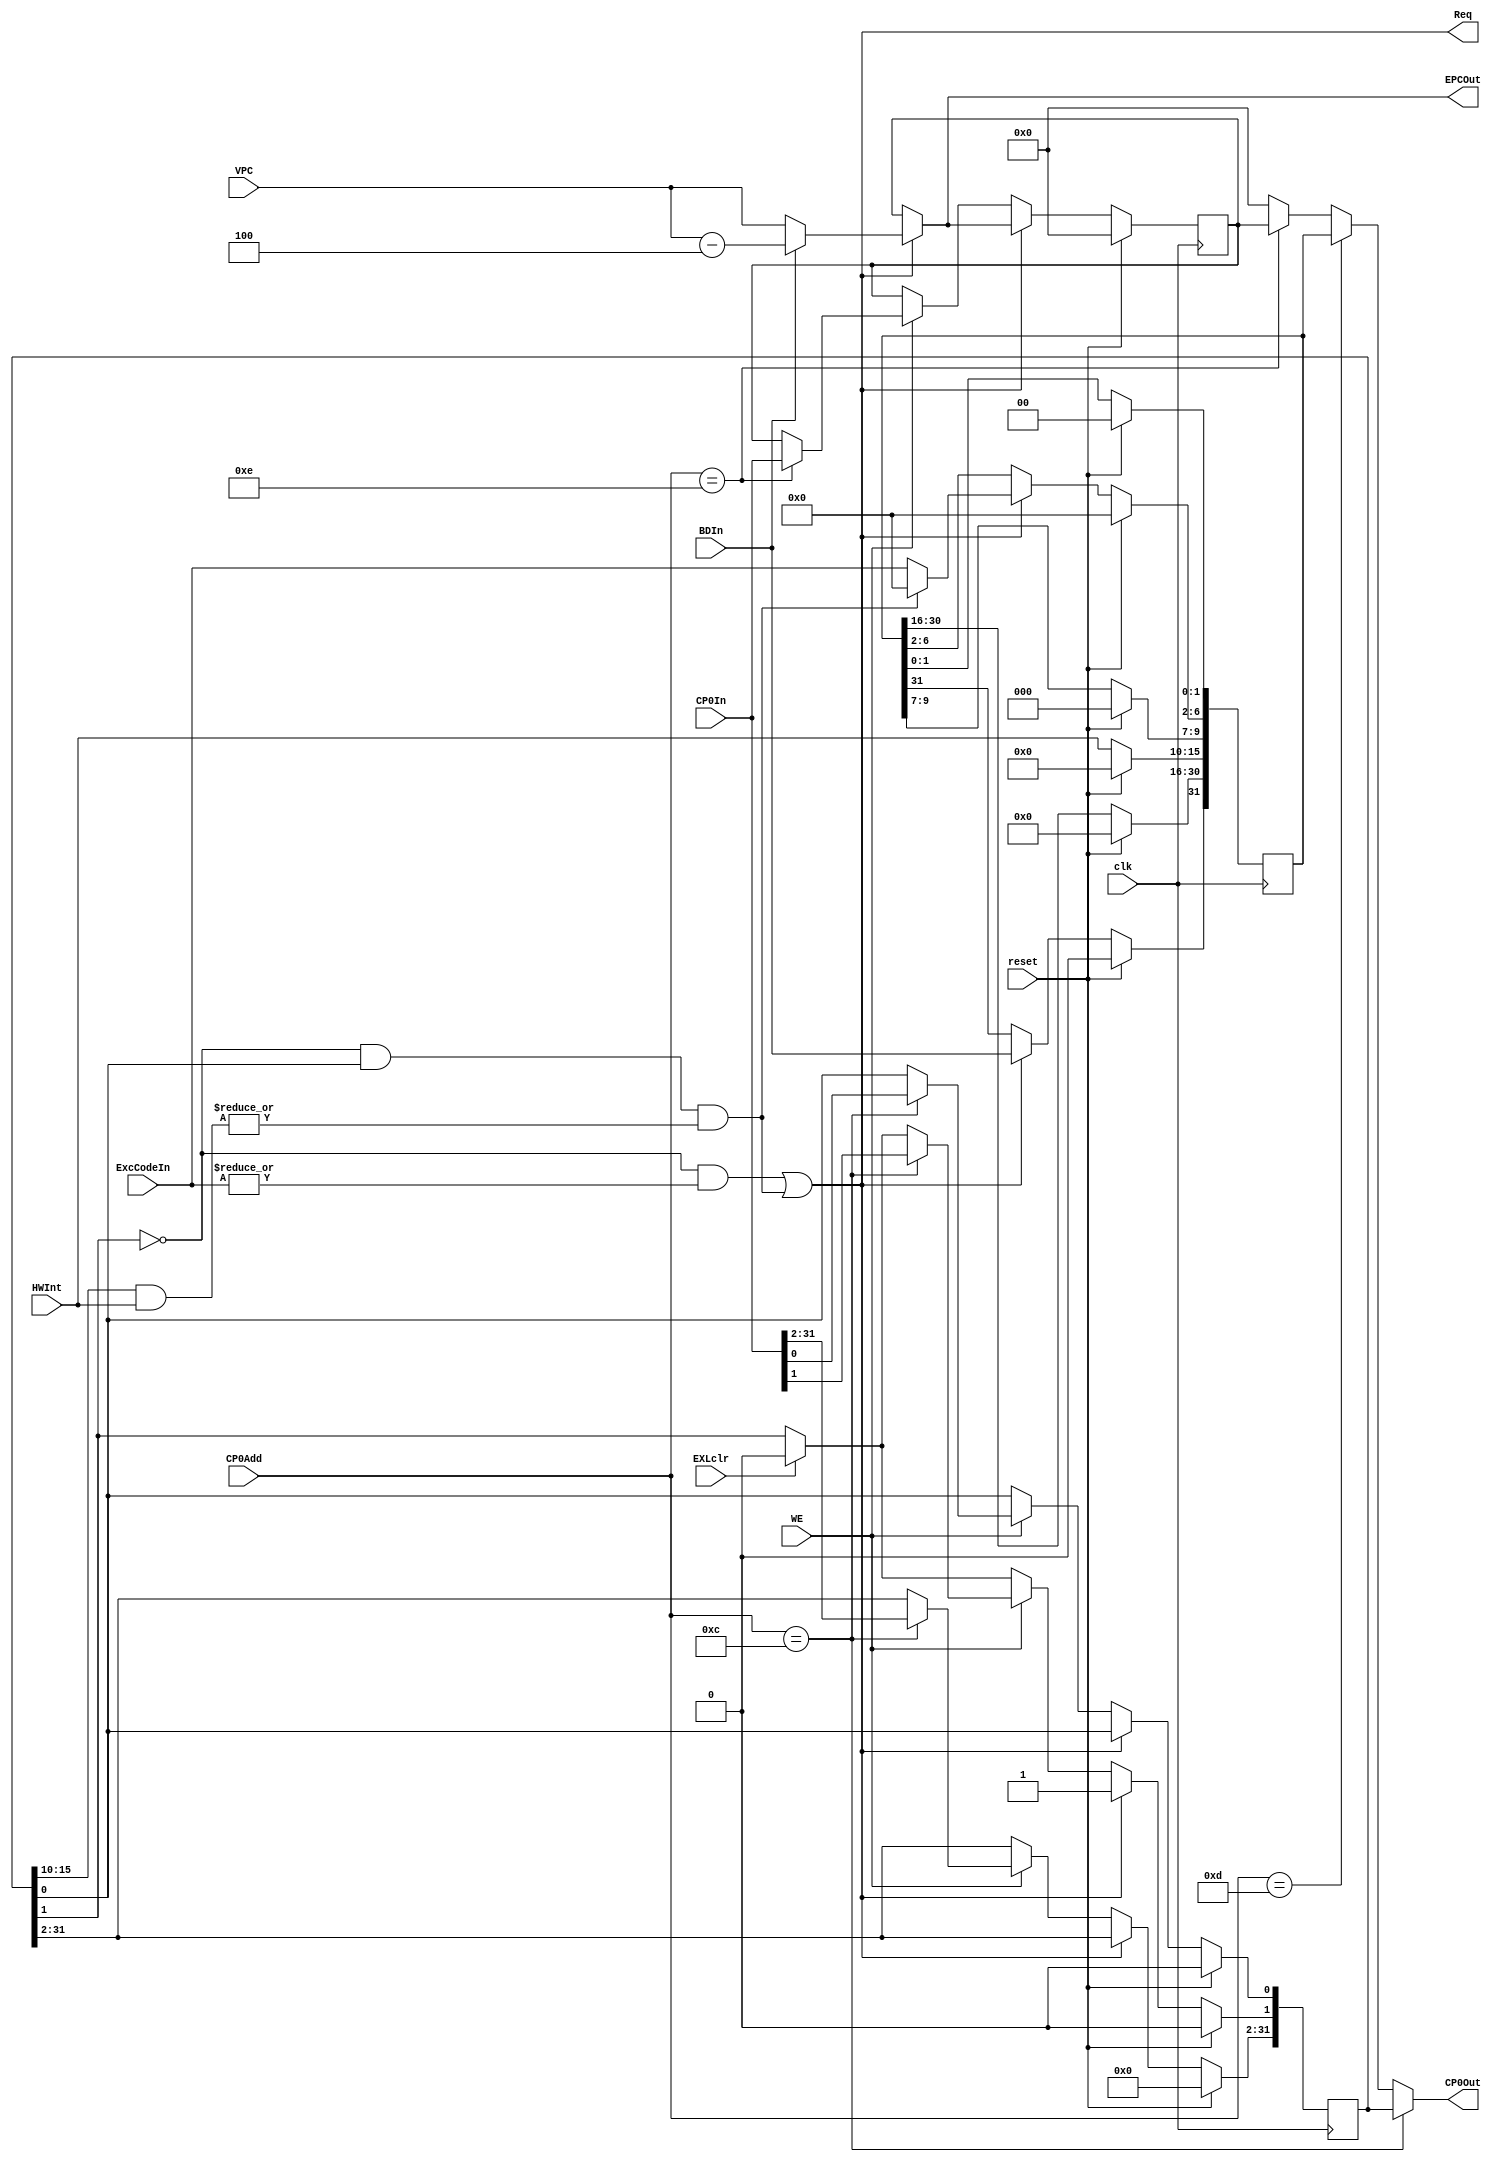
`timescale 1ns / 1ps

//SR state reg
`define IM SR[15:10]//10
//mtc0
`define EXL SR[1]
//
`define IE SR[0]//1

//cause reg
`define BD Cause[31] //1:EPC(j/b)
`define IP Cause[15:10] //  HWInt
`define ExcCode Cause[6:2] //

module CP0(
	 input clk,
	 input reset,
	 input WE,
	 input [4:0] CP0Add,//CP0 M_rd_addr
	 input [31:0] CP0In,//M_DMwd0 , CP0 
	 input [31:0] VPC,//PC,PC_M
	 input BDIn,//,M_DelaySlot
	 input [4:0] ExcCodeIn,//,M_EXCcode
	 input [5:0] HWInt,//
	 input EXLclr,//
	 
	 output [31:0] CP0Out,//CP0
	 output [31:0] EPCOut,//EPC
	 output Req     //
    );
	reg [31:0] SR,Cause,EPC;
	initial begin
		SR <= 32'h0;
		Cause <= 32'h0;
		EPC <= 32'h0;
	end

	assign ExcReq = (!`EXL && (|ExcCodeIn) );
	assign IntReq = (!`EXL && `IE && (|(`IM & HWInt)) );//
	assign Req = (ExcReq | IntReq);
	wire [31:0] temp_EPC = (Req) ? ( (BDIn) ? VPC - 4 : VPC) :
								 EPC;
	always@(posedge clk) begin
		if(reset) begin
			SR <= 32'h0;
			Cause <= 32'h0;
			EPC <= 32'h0;
		end
		else begin
			if(EXLclr) `EXL <= 0;
			if(Req) begin
				`ExcCode <= (IntReq) ? 5'b0: ExcCodeIn;
				`EXL <= 1'b1;
				 EPC <= temp_EPC;
				`BD <= BDIn;
			end
			else if (WE) begin
				if(CP0Add == 12) SR <= CP0In;
				if(CP0Add == 14) EPC <= CP0In;
			end
			`IP <= HWInt;
		end
	end
	
	assign EPCOut = temp_EPC;
	 
	assign CP0Out = (CP0Add == 12) ? SR:
	                (CP0Add == 13) ? Cause:
						 (CP0Add == 14) ? EPC:
						 32'h0; 
endmodule